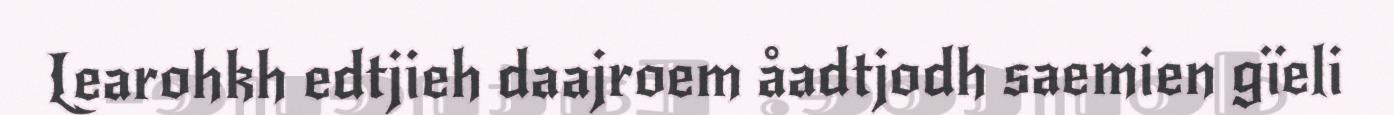
Learohkh edtjieh daajroem åadtjodh saemien gïeli